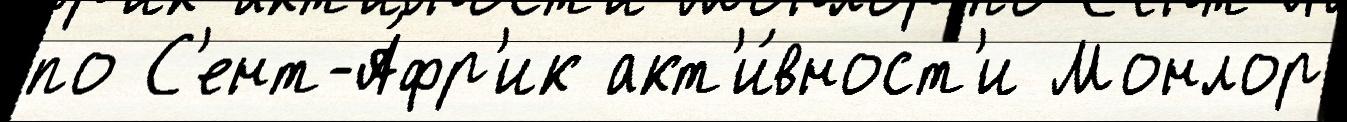
по С'ент-А́фр'ик акт'и́вност'и Монлор